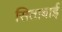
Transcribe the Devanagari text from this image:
सिताबाई